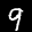
Label: 9